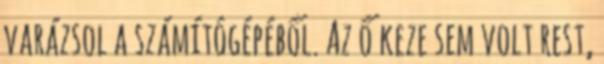
varázsol a számítógépéből. Az ő keze sem volt rest,